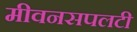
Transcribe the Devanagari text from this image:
मीवनसपलटी